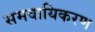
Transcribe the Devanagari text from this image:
समवायिकरण